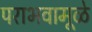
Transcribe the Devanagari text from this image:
पराभवामूळे